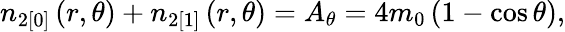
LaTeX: n_{2[0]}\left(r,\theta\right)+n_{2[1]}\left(r,\theta\right)=A_{\theta}=4m_{0}\left(1-\cos\theta\right),